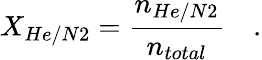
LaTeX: X_{He/N2}=\frac{n_{He/N2}}{n_{total}}\quad.